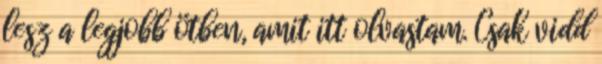
lesz a legjobb ötben, amit itt olvastam. Csak vidd